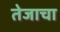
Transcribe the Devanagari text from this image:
तेजाचा